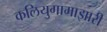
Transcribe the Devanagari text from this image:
कलियुगामाझारी